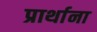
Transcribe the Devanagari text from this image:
प्रार्थाना